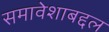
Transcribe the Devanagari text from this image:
समावेशाबद्दल